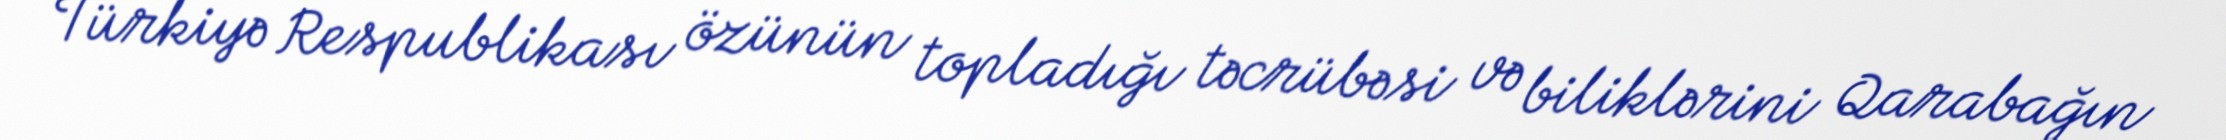
Türkiyə Respublikası özünün topladığı təcrübəsi və biliklərini Qarabağın